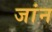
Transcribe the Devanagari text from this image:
जांन